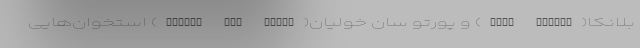
بلانکا(Baha Blanca) و پورتو سان خولیان(Puerto San Julin) استخوان‌هایی